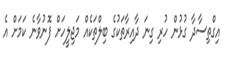
އިގްތިސާދާ ގުޅުން ހުރި ގިނަ ދާއިރާތަކުގެ ބިލްތަކެއް މަޖިލީހަށް ފޮނުވާނެ ކަމަށް އެ